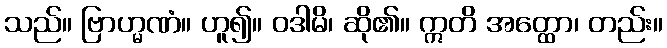
သည်။ ဗြာဟ္မဏံ။ ဟူ၍။ ဝဒါမိ၊ ဆို၏။ ဣတိ အတ္ထော၊ တည်း။